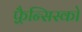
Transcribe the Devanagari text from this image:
फ़्रैन्सिस्को